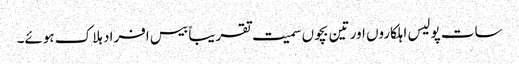
سات پولیس اہلکاروں اور تین بچوں سمیت تقریباً بیس افراد ہلاک ہوئے۔